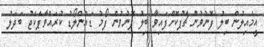
އީމެއިލުން ބިލު ފޮނުވުން ޗާޕުކޮށްފައިވާ ބިލު ފޮނުވުން ފޯމު ޑައުންލޯޑު ކުރައްވާޕެކެޖު ބަދަލު